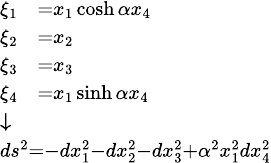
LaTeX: \scriptstyle{\begin{array}{l}{{\begin{array}{rl}{\xi_{1}}&{=x_{1}\cosh\alpha x_{4}}\\ {\xi_{2}}&{=x_{2}}\\ {\xi_{3}}&{=x_{3}}\\ {\xi_{4}}&{=x_{1}\sinh\alpha x_{4}}\end{array}}}\\ {{\boldsymbol{\downarrow}}}\\ {ds^{2}=-dx_{1}^{2}-dx_{2}^{2}-dx_{3}^{2}+\alpha^{2}x_{1}^{2}dx_{4}^{2}}\end{array}}